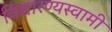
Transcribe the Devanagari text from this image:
विद्यारण्यस्वामी